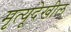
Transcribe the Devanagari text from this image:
मृत्यूदेखील